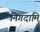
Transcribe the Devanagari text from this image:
निगदामि